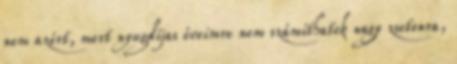
nem azért, mert nyugdíjas éveimre nem számíthatok nagy zsetonra,